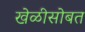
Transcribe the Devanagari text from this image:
खेळीसोबत